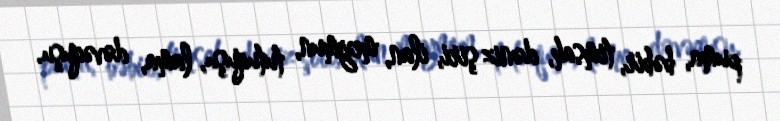
puma, bəbir, timsah, dəniz şiri, ilan, meymun, tutuquşu, lama, dəvəquşu.